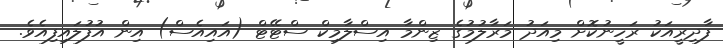
ފާދިރީއަކު ރަހީނުކޮށް މިއަދު މަރާލުމުގެ ޒިންމާ އިސްލާމިކް ސްޓޭޓް (އައިއެސް) އިން އުފުލައިފިއެވެ.